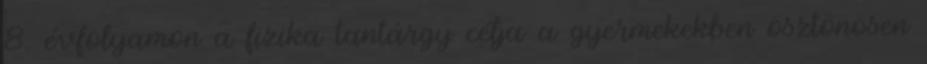
8. évfolyamon a fizika tantárgy célja a gyermekekben ösztönösen